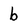
Character: b